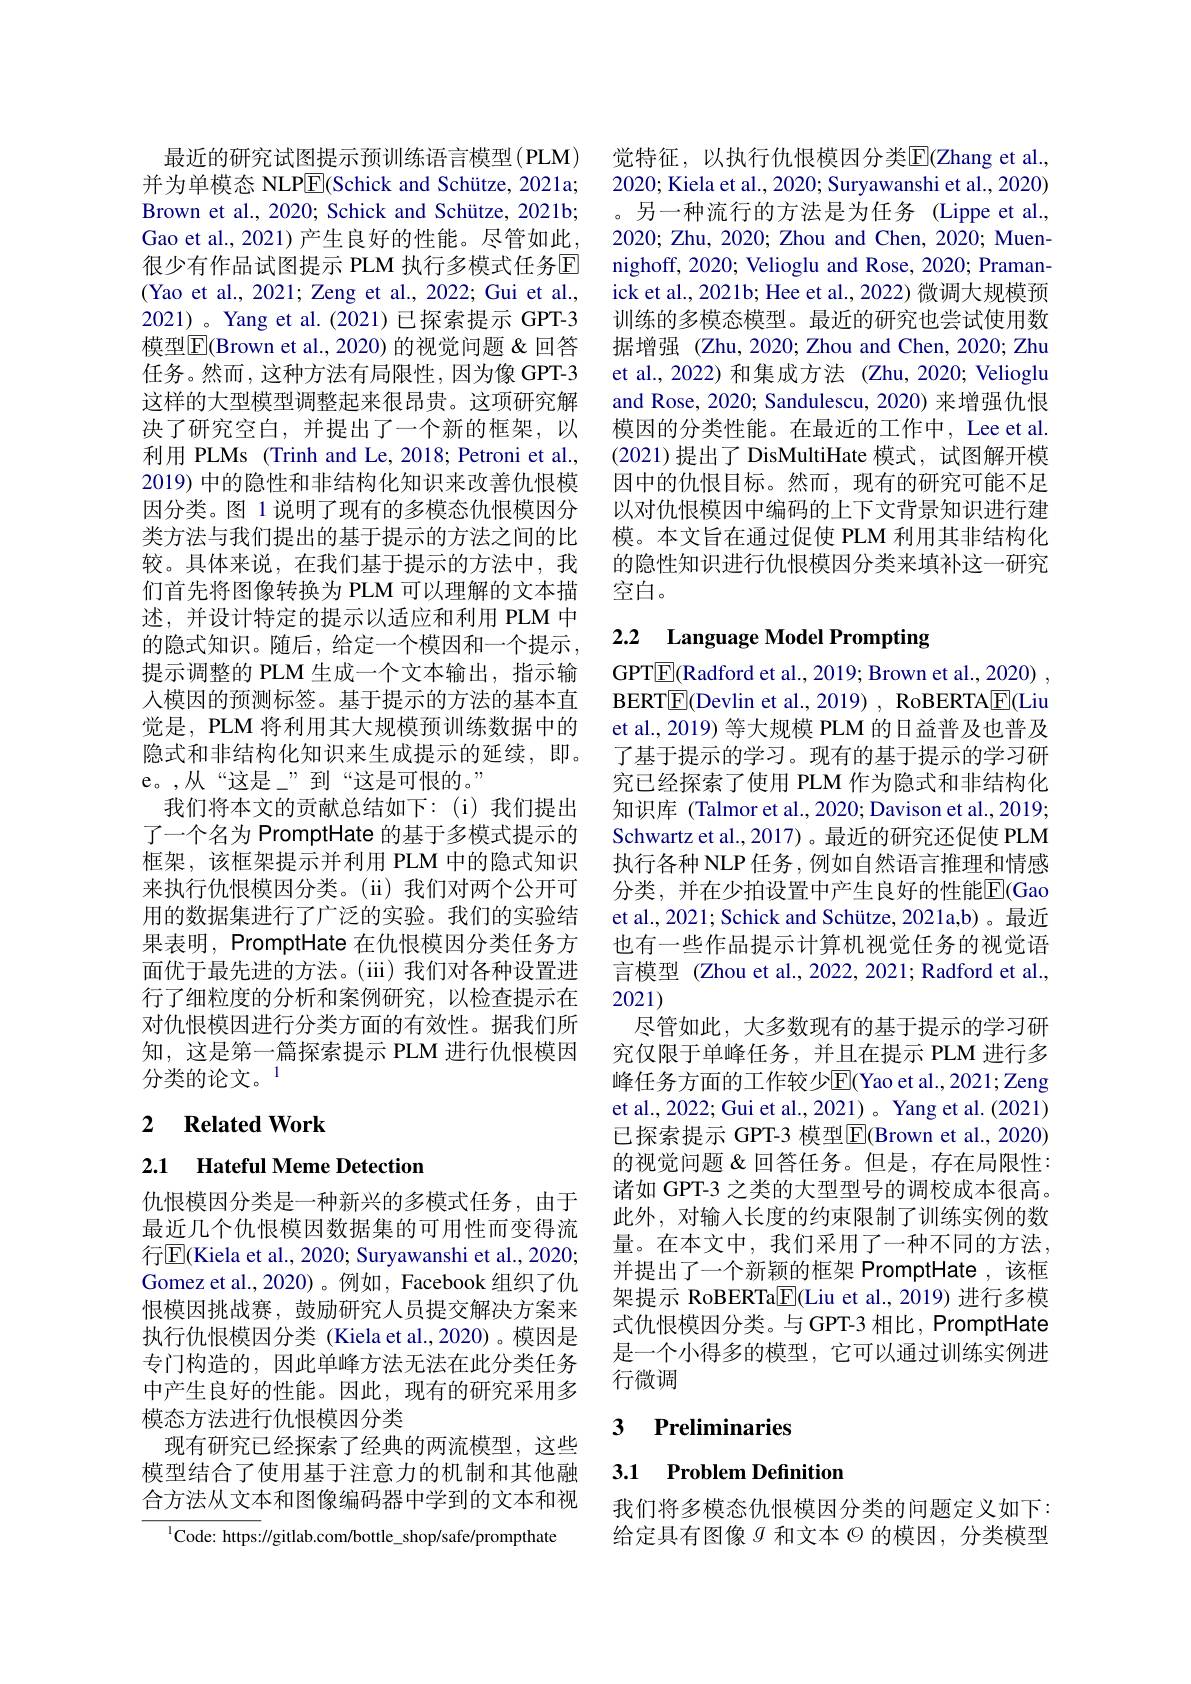
最近的研究试图提示预训练语言模型(PLM) 并为单模态 NLPE(Schick and Schütze, 2021a; Brown et al., 2020; Schick and Schütze, 2021b; Gao et al., 2021)产生良好的性能。尽管如此很少有作品试图提示 PLM 执行多模式任务回(Yao et al., 2021; Zeng et al., 2022; Gui et al., 2021)。Yang et al.(2021)已探索提示 GPT-3模型$\boxed{\mathrm{F}}($Brown et al.,2020) 的视觉问题&回答任务。然而，这种方法有局限性，因为像 GPT-3这样的大型模型调整起来很昂贵。这项研究解决了研究空白，并提出了一个新的框架，以利用 PLMs (Trinh and Le, 2018; Petroni et al., 2019) 中的隐性和非结构化知识来改善仇恨模因分类。图 1 说明了现有的多模态仇恨模因分类方法与我们提出的基于提示的方法之间的比较。具体来说，在我们基于提示的方法中，我们首先将图像转换为 PLM 可以理解的文本描述，并设计特定的提示以适应和利用 PLM 中的隐式知识。随后，给定一个模因和一个提示， 提示调整的 PLM 生成一个文本输出，指示输人模因的预测标签。基于提示的方法的基本直觉是，PLM 将利用其大规模预训练数据中的隐式和非结构化知识来生成提示的延续，即。e。,从“这是”到“这是可恨的。”
我们将本文的贡献总结如下：(i)我们提出了一个名为 PromptHate 的基于多模式提示的框架，该框架提示并利用 PLM 中的隐式知识来执行仇恨模因分类。(ii)我们对两个公开可用的数据集进行了广泛的实验。我们的实验结果表明，PromptHate 在仇恨模因分类任务方面优于最先进的方法。(iii)我们对各种设置进行了细粒度的分析和案例研究，以检查提示在对仇恨模因进行分类方面的有效性。据我们所知，这是第一篇探索提示 PLM 进行仇恨模因分类的论文。1

## 2 Related Work

2.1 Hateful Meme Detection

仇恨模因分类是一种新兴的多模式任务，由于最近几个仇恨模因数据集的可用性而变得流行$\overline{\mathrm{E}}($Kiela et al., 2020; Suryawanshi et al., 2020; Gomez et al., 2020)。例如，Facebook 组织了仇恨模因挑战赛，鼓励研究人员提交解决方案来执行仇恨模因分类 (Kiela et al.,2020)。模因是专门构造的，因此单峰方法无法在此分类任务中产生良好的性能。因此，现有的研究采用多模态方法进行仇恨模因分类
现有研究已经探索了经典的两流模型，这些模型结合了使用基于注意力的机制和其他融合方法从文本和图像编码器中学到的文本和视

$^{1}$Code: https://gitlab.com/bottle\_shop/safe/prompthate

觉特征，以执行仇恨模因分类$\mathbb{E}$(Zhang et al., 2020; Kiela et al., 2020; Suryawanshi et al., 2020) 。另一种流行的方法是为任务(Lippe et al., 2020; Zhu, 2020; Zhou and Chen, 2020; Muennighoff, 2020; Velioglu and Rose, 2020; Pramanick et al., 2021b; Hee et al., 2022) 微调大规模预训练的多模态模型。最近的研究也尝试使用数据增强 (Zhu, 2020; Zhou and Chen, 2020; Zhu et al., 2022) 和集成方法(Zhu, 2020; Velioglu and Rose, 2020; Sandulescu, 2020) 来增强仇恨模因的分类性能。在最近的工作中，Lee et al. (2021)提出了 DisMultiHate 模式，试图解开模因中的仇恨目标。然而，现有的研究可能不足以对仇恨模因中编码的上下文背景知识进行建模。本文旨在通过促使 PLM 利用其非结构化的隐性知识进行仇恨模因分类来填补这一研究空白。

# 2.2 Language Model Prompting

GPT$\boxed{\mathrm{E}}($Radford et al., 2019; Brown et al., 2020) , BERTE(Devlin et al., 2019) , RoBERTA$\underline{\mathrm{E}}($Liu et al., 2019) 等大规模 PLM 的日益普及也普及了基于提示的学习。现有的基于提示的学习研究已经探索了使用 PLM 作为隐式和非结构化知识库 (Talmor et al., 2020; Davison et al., 2019; Schwartz et al.,2017)。最近的研究还促使 PLM 执行各种 NLP 任务，例如自然语言推理和情感分类，并在少拍设置中产生良好的性能$\overline{\mathrm{E}}($Gao et al., 2021; Schick and Schütze, 2021a,b) 。最近也有一些作品提示计算机视觉任务的视觉语言模型 (Zhou et al., 2022, 2021; Radford et al., 2021)
尽管如此，大多数现有的基于提示的学习研究仅限于单峰任务，并且在提示 PLM 进行多峰任务方面的工作较少$\overline{\mathrm{E}}($Yao et al.,2021; Zeng et al., 2022; Gui et al., 2021) 。Yang et al. (2021) 已探索提示 GPT-3 模型E$| ( Brown et al. , 2020)$ 的视觉问题 &回答任务。但是，存在局限性： 诸如 GPT-3 之类的大型型号的调校成本很高。此外，对输入长度的约束限制了训练实例的数量。在本文中，我们采用了一种不同的方法， 并提出了一个新颖的框架 PromptHate ,该框架提示 RoBERTa$\boxed{\mathrm{F}}($Liu et al.,2019) 进行多模式仇恨模因分类。与 GPT-3 相比，PromptHate 是一个小得多的模型，它可以通过训练实例进行微调

## 3 Preliminaries

## 3.1 Problem Definition

我们将多模态仇恨模因分类的问题定义如下： 给定具有图像$g$和文本$\Theta$的模因，分类模型